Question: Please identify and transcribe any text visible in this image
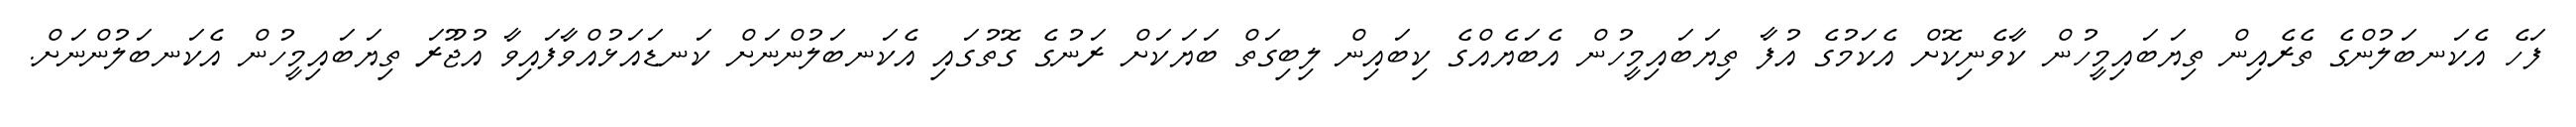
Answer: ފަހެ އެކަނބަލުންގެ ތެރެއިން ތިޔަބައިމީހުން ކާވެނިކޮށް އެކަމުގެ އުފާ ތިޔަބައިމީހުން އެބަޔެއްގެ ކިބައިން ލިބިގަތް ބަޔަކަށް ރަނުގެ ގޮތުގައި އެކަނބަލުންނަށް ކަނޑައަޅުއްވާފައިވާ އުޖޫރަ ތިޔަބައިމީހުން އެކަނބަލުންނަށް.